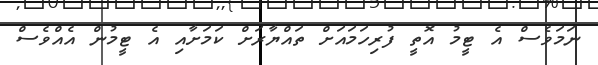
ނަމަވެސް އެ ޓީމު އޮތީ ފުރިހަމައަށް ތައްޔާރަށް ކަމަށާއި އެ ޓީމުން އެއްވެސް